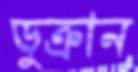
ডুক্‌রান